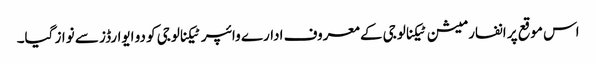
اس موقع پر انفارمیشن ٹیکنالوجی کے معروف ادارے وائپر ٹیکنالوجی کو دو ایوارڈز سے نواز گیا۔